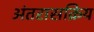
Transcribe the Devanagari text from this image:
अंतरासक्रिय